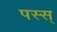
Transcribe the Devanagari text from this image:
पस्स्